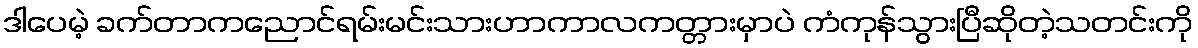
ဒါပေမဲ့ ခက်တာကညောင်ရမ်းမင်းသားဟာကာလကတ္တားမှာပဲ ကံကုန်သွားပြီဆိုတဲ့သတင်းကို